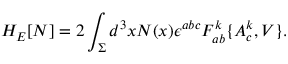
H _ { E } [ N ] = 2 \int _ { \Sigma } d ^ { 3 } x N ( x ) \epsilon ^ { a b c } F _ { a b } ^ { k } \{ A _ { c } ^ { k } , V \} .